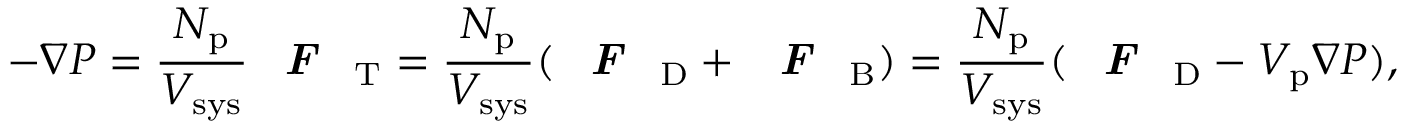
- \nabla P = \frac { N _ { \mathrm { p } } } { V _ { \mathrm { s y s } } } \textbf { \textit { F } } _ { \mathrm { T } } = \frac { N _ { \mathrm { p } } } { V _ { \mathrm { s y s } } } ( \textbf { \textit { F } } _ { \mathrm { D } } + \textbf { \textit { F } } _ { \mathrm { B } } ) = \frac { N _ { \mathrm { p } } } { V _ { \mathrm { s y s } } } ( \textbf { \textit { F } } _ { \mathrm { D } } - V _ { \mathrm { p } } \nabla P ) ,